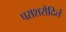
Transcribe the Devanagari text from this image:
पराशरौदितं